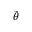
\tilde { \theta }